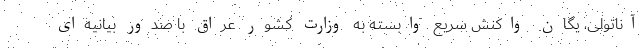
آناتولی، یگان واکنش سریع وابسته به وزارت کشور عراق با صدور بیانیه‌ای